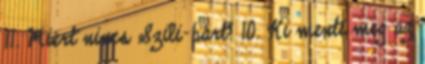
11. Miért nincs Szili-párt? 10. Ki menti meg az